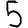
Digit: 5